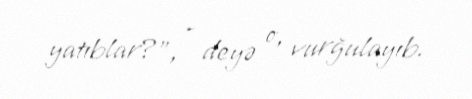
yatıblar?”, - deyə o, vurğulayıb.